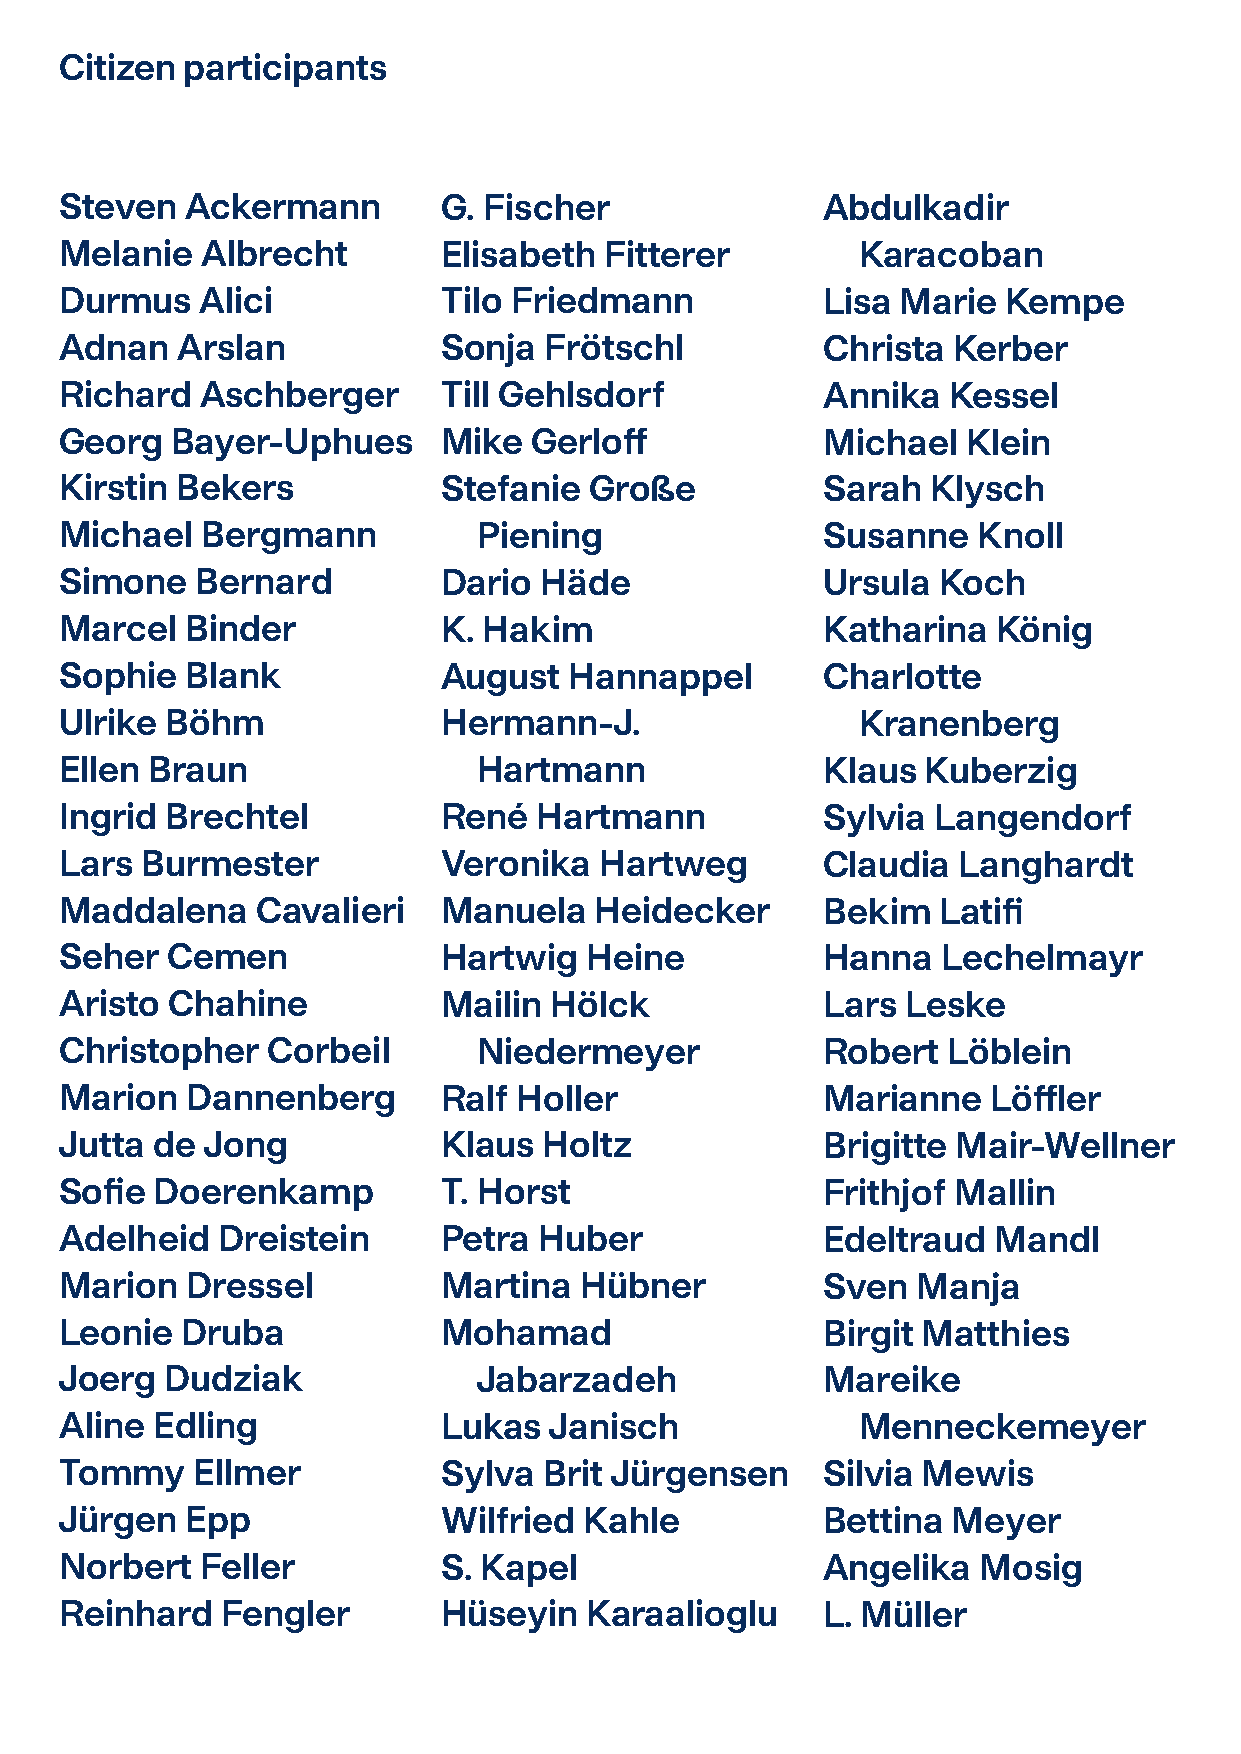
Citizen participants
 Steven  Ackermann        G. Fischer               Abdulkadir
 Melanie  Albrecht        Elisabeth  Fitterer         Karacoban
 Durmus   Alici           Tilo Friedmann           Lisa  Marie  Kempe
 Adnan   Arslan           Sonja  Frötschl          Christa  Kerber
 Richard  Aschberger      Till Gehlsdorf           Annika   Kessel
 Georg  Bayer-Uphues      Mike  Gerloff            Michael   Klein
 Kirstin Bekers           Stefanie  Große          Sarah   Klysch
 Michael  Bergmann           Piening               Susanne    Knoll
 Simone   Bernard         Dario  Häde              Ursula  Koch
 Marcel  Binder           K. Hakim                 Katharina   König
 Sophie  Blank            August   Hannappel       Charlotte
 Ulrike Böhm              Hermann-J.                  Kranenberg
 Ellen Braun                 Hartmann              Klaus  Kuberzig
 Ingrid Brechtel          René   Hartmann          Sylvia  Langendorf
 Lars Burmester           Veronika   Hartweg       Claudia  Langhardt
 Maddalena    Cavalieri   Manuela   Heidecker      Bekim   Latifi
 Seher  Cemen             Hartwig   Heine          Hanna   Lechelmayr
 Aristo Chahine           Mailin Hölck             Lars  Leske
 Christopher   Corbeil       Niedermeyer           Robert   Löblein
 Marion  Dannenberg       Ralf Holler              Marianne    Löffler
 Jutta de Jong            Klaus  Holtz             Brigitte Mair-Wellner
 Sofie Doerenkamp         T. Horst                 Frithjof Mallin
 Adelheid  Dreistein      Petra  Huber             Edeltraud   Mandl
 Marion  Dressel          Martina  Hübner          Sven   Manja
 Leonie  Druba            Mohamad                  Birgit Matthies
 Joerg  Dudziak              Jabarzadeh            Mareike
 Aline Edling             Lukas  Janisch              Menneckemeyer
 Tommy    Ellmer          Sylva  Brit Jürgensen    Silvia Mewis
 Jürgen  Epp              Wilfried  Kahle          Bettina  Meyer
 Norbert  Feller          S. Kapel                 Angelika   Mosig
 Reinhard   Fengler       Hüseyin   Karaalioglu    L. Müller